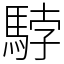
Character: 𩣡